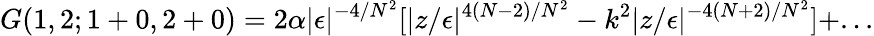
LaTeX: G(1,2;1+0,2+0)=2\alpha|\epsilon|^{-4/N^{2}}[|z/\epsilon|^{4(N-2)/N^{2}}-k^{2}|z/\epsilon|^{-4(N+2)/N^{2}}]+...